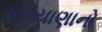
કરિયાણાનો